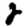
Digit: 2